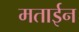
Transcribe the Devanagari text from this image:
मताईन